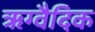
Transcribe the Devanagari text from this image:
ॠग्वैदिक